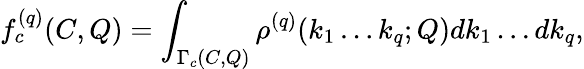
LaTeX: f_{c}^{(q)}(C,Q)=\int_{\Gamma_{c}(C,Q)}\rho^{(q)}(k_{1}\dots k_{q};Q)dk_{1}\dots dk_{q},